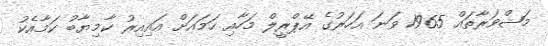
މަޝްވަރާތައް 1965 ވަނަ އަހަރުގެ އޭޕްރީލް މަހާއި ހަމައަށް އައިއިރު ކާމިޔާބު ކަމާއެކު